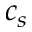
c _ { s }